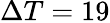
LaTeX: \Delta T=19